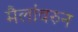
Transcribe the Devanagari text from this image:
मैलांवरुन